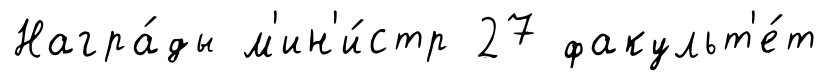
Награ́ды м'ин'и́стр 27 факульт'е́т